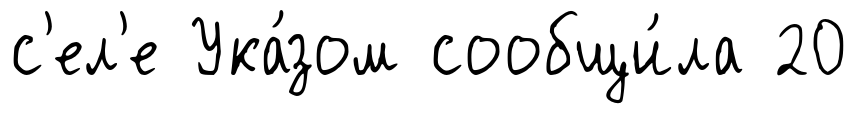
с'ел'е Ука́зом сообщи́ла 20